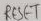
Text: RESET